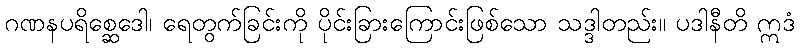
ဂဏနပရိစ္ဆေဒေါ၊ ရေတွက်ခြင်းကို ပိုင်းခြားကြောင်းဖြစ်သော သဒ္ဒါတည်း။ ပဒါနီတိ ဣဒံ